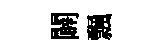
闢飄